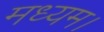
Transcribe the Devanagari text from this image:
मध्यम।